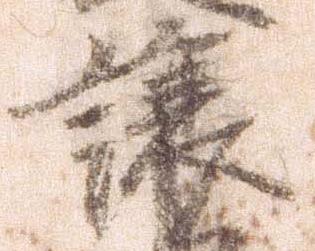
譲